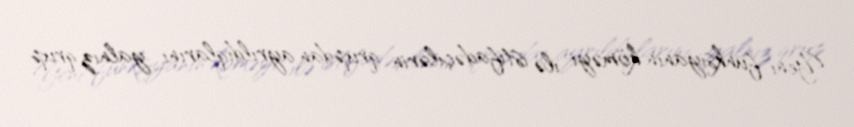
Yeni funksiyanın köməyi ilə istifadəçilərin qrupdan ayrıldıqlarını yalnız qrup